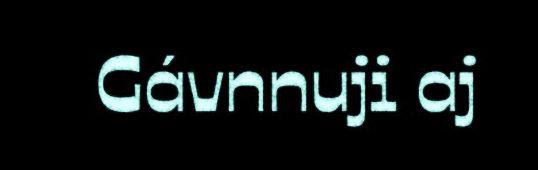
Gávnnuji aj